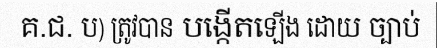
គ.ជ. ប) ត្រូវបាន បង្កើតឡើង ដោយ ច្បាប់